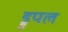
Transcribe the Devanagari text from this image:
ड्रुपल